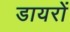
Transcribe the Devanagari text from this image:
डायरों